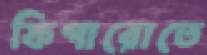
ফিগারোতে